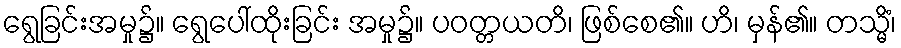
ရွေခြင်းအမှု၌။ ရွေပေါ်ထိုးခြင်း အမှု၌။ ပဝတ္တယတိ၊ ဖြစ်စေ၏။ ဟိ၊ မှန်၏။ တသ္မိံ၊